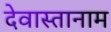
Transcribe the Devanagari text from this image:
देवास्तानाम